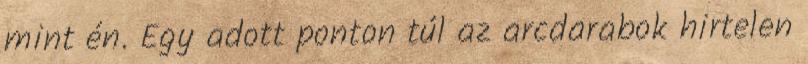
mint én. Egy adott ponton túl az arcdarabok hirtelen